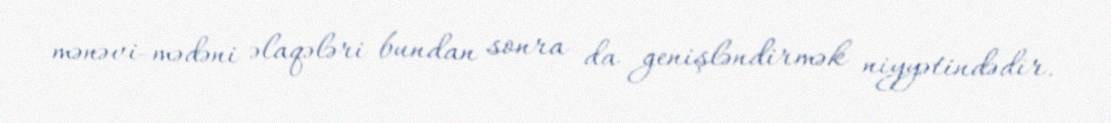
mənəvi-mədəni əlaqələri bundan sonra da genişləndirmək niyyətindədir.